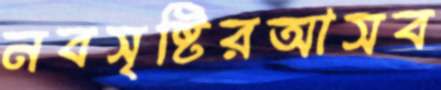
নবসৃষ্টিরআসব